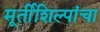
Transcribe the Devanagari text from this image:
मूर्तीशिल्पांचा